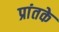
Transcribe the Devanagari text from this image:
प्रांतके